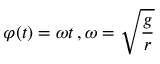
\varphi ( t ) = \omega t \, , \omega = { \sqrt { \frac { g } { r } } }